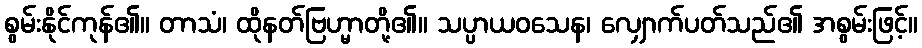
စွမ်းနိုင်ကုန်၏။ တာသံ၊ ထိုနတ်ဗြဟ္မာတို့၏။ သပ္ပာယဝသေန၊ လျှောက်ပတ်သည်၏ အစွမ်းဖြင့်။